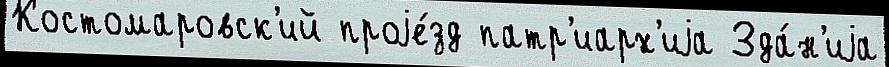
Костомаровск'ий проjе́зд патр'иарх'иjа Зда́н'иjа